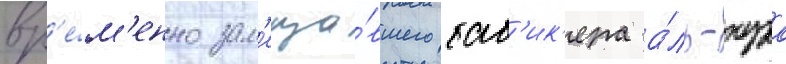
вр'е́м'енно зам'еща́вшего баб'ик'ера а́ль-нура